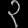
Digit: ၃